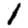
Digit: 1